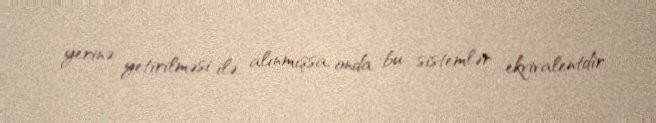
yerinə yetirilməsi ilə alınmışsa, onda bu sistemlər ekvivalentdir.